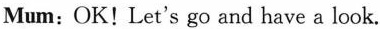
Mum: OK! Let's go and have a look.